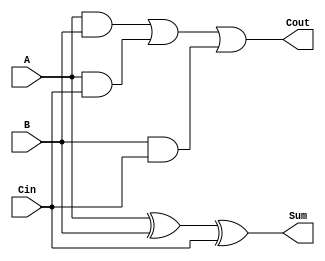
module FullAdder(A, B, Cin, Cout, Sum);
output Cout, Sum;
input A, B, Cin;

    assign #10 Sum = A ^ B ^ Cin;
    assign #10 Cout = (A && B) || (A && Cin) || (B && Cin);
    
endmodule